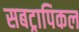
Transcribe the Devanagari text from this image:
सबट्रापिकल